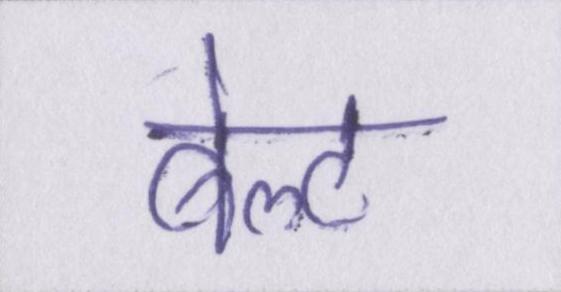
बेल्ट